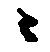
ニ